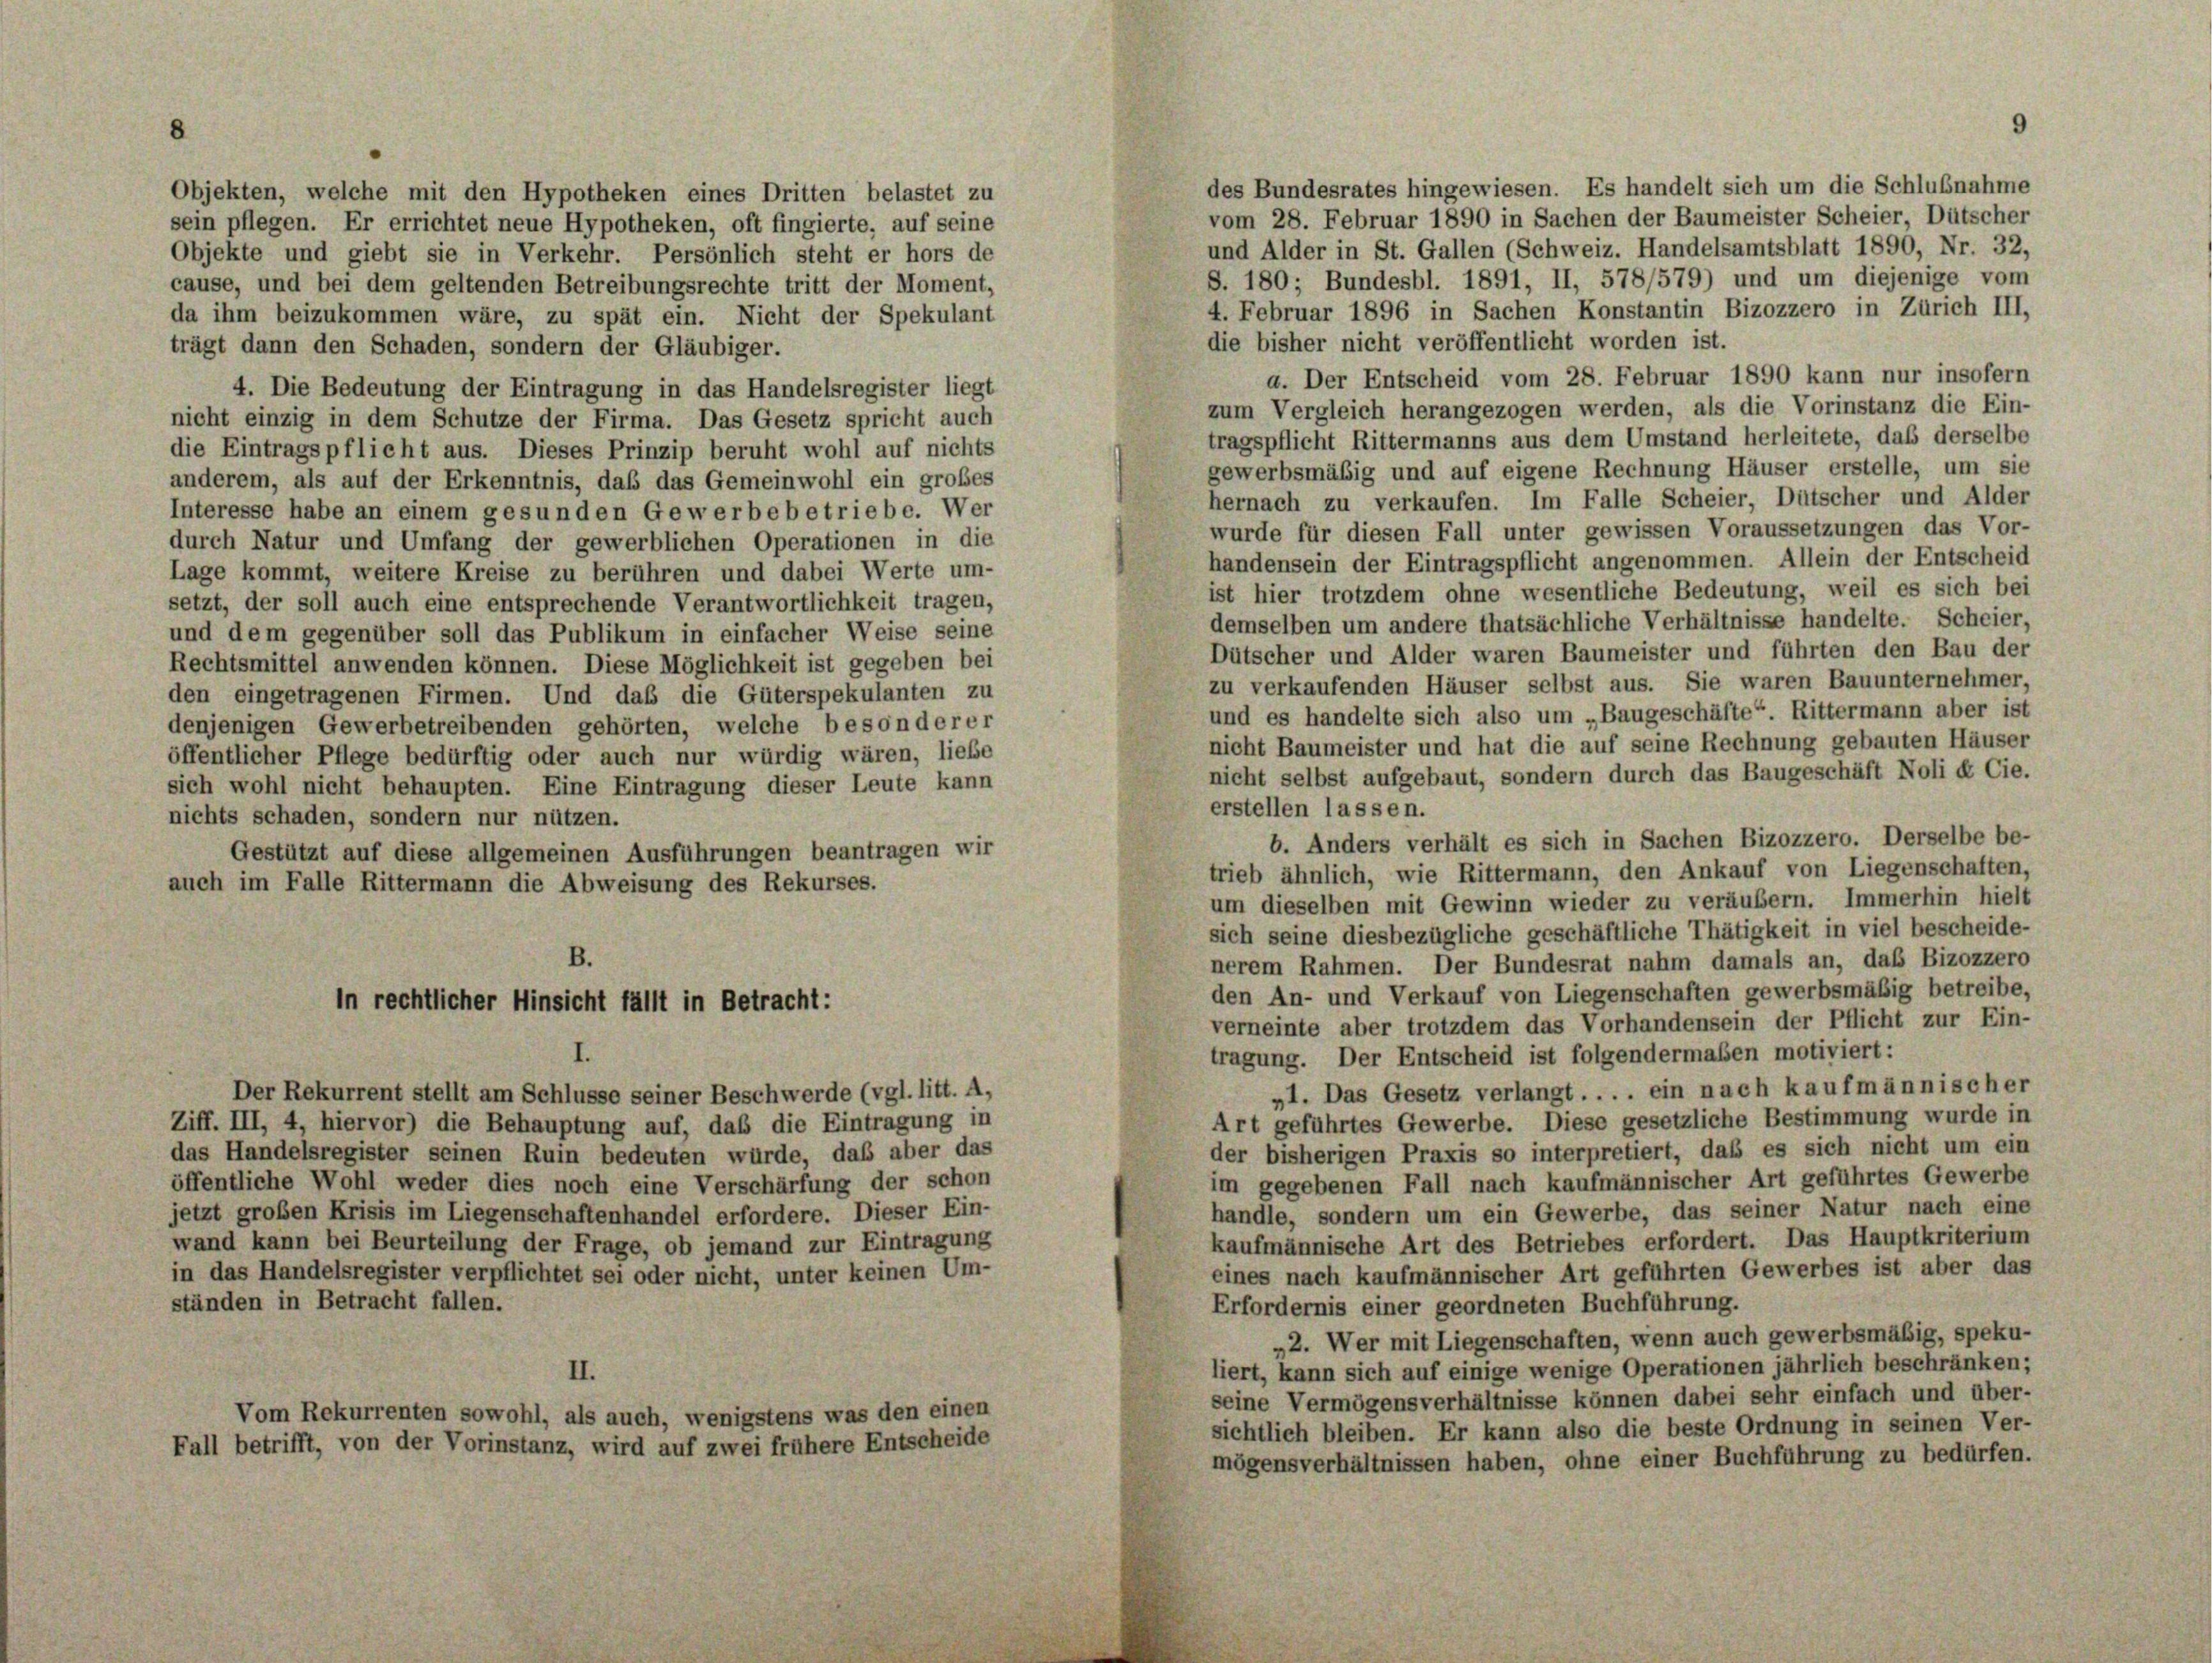
und Alder in St. Gallen (Schweiz. Handelsamtsblatt 1890, Nr. 32,
S. 180; Bundesbl. 1891, II, 578/579) und um diejenige vom
4. Februar 1896 in Sachen Konstantin Bizozzero in Zürich III,
da ihm beizukommen wäre, zu spät ein. Nicht der Spekulant
die bisher nicht veröffentlicht worden ist.
trägt dann den Schaden, sondern der Gläubiger.
a. Der Entscheid vom 28. Februar 1890 kann nur insofern
4. Die Bedeutung der Eintragung in das Handelsregister liegt
zum Vergleich herangezogen werden, als die Vorinstanz die Ein-
nicht einzig in dem Schutze der Firma. Das Gesetz spricht auch
tragspflicht Rittermanns aus dem Umstand herleitete, daß derselbe
die Eintragspflicht aus. Dieses Prinzip beruht wohl auf nichts
gewerbsmäßig und auf eigene Rechnung Häuser erstelle, um sie
anderem, als auf der Erkenntnis, daß das Gemeinwohl ein großes
hernach zu verkaufen. Im Falle Scheier, Dütscher und Alder
Interesse habe an einem gesunden Gewerbebetriebe. Wer
wurde für diesen Fall unter gewissen Voraussetzungen das Vor-
durch Natur und Umfang der gewerblichen Operationen in die
handensein der Eintragspflicht angenommen. Allein der Entscheid
Lage kommt, weitere Kreise zu berühren und dabei Werte um-
ist hier trotzdem ohne wesentliche Bedeutung, weil es sich bei
setzt, der soll auch eine entsprechende Verantwortlichkeit tragen,
demselben um andere thatsächliche Verhältnisse handelte. Scheier,
und dem gegenüber soll das Publikum in einfacher Weise seine
Dütscher und Alder waren Baumeister und führten den Bau der
Rechtsmittel anwenden können. Diese Möglichkeit ist gegeben bei
zu verkaufenden Häuser selbst aus. Sie waren Bauunternehmer,
den eingetragenen Firmen. Und daß die Güterspekulanten zu
und es handelte sich also um „Baugeschäfte“. Rittermann aber ist
denjenigen Gewerbetreibenden gehörten, welche besonderer
nicht Baumeister und hat die auf seine Rechnung gebauten Häuser
öffentlicher Pflege bedürftig oder auch nur würdig wären, ließe
nicht selbst aufgebaut, sondern durch das Baugeschäft Noli & Cie,
sich wohl nicht behaupten. Eine Eintragung dieser Leute kann
erstellen lassen.
nichts schaden, sondern nur nützen.
b. Anders verhält es sich in Sachen Bizozzero. Derselbe be-
Gestützt auf diese allgemeinen Ausführungen beantragen wir
trieb ähnlich, wie Rittermann, den Ankauf von Liegenschaften,
auch im Falle Rittermann die Abweisung des Rekurses.
um dieselben mit Gewinn wieder zu veräubern. Immerhin hielt
sich seine diesbezügliche geschäftliche Thätigkeit in viel bescheide-
B.
nerem Rahmen. Der Bundesrat nahm damals an, daß Bizozzero
den An- und Verkauf von Liegenschaften gewerbsmäßig betreibe,
in rechtlicher Hinsicht fällt in Betracht:
verneinte aber trotzdem das Vorhandensein der Pflicht zur Ein-
tragung. Der Entscheid ist folgendermaßen motiviert:
I.
„1. Das Gesetz verlangt . . . . ein nach kaufmännischen
Der Rekurrent stellt am Schlüsse seiner Beschwerde (vgl. litt. A,
Art geführtes Gewerbe. Diese gesetzliche Bestimmung wurde in
Ziff. III, 4, hiervor) die Behauptung auf, daß die Eintragung in
der bisherigen Praxis so interpretiert, daß es sich nicht um ein
das Handelsregister seinen Ruin bedeuten würde, daß aber das
im gegebenen Fall nach kaufmännischer Art geführtes Gewerbe
öffentliche Wohl weder dies noch eine Verschärfung der schon
handle, sondern um ein Gewerbe, das seiner Natur nach eine
jetzt großen Krisis im Liegenschaftenhandel erfordere. Dieser Ein-
kaufmännische Art des Betriebes erfordert. Das Hauptkriterium
wand kann bei Beurteilung der Frage, ob jemand zur Eintragung
eines nach kaufmännischer Art geführten Gewerbes ist aber das
in das Handelsregister verpflichtet sei oder nicht, unter keinen Um-
ständen in Betracht fallen.
Erfordernis einer geordneten Buchführung.
„2. Wer mit Liegenschaften, wenn auch gewerbsmäßig, speku-
liert, kann sich auf einige wenige Operationen jährlich beschränken;
II.
seine Vermögensverhältnisse können dabei sehr einfach und über-
Vom Rekurrenten sowohl, als auch, wenigstens was den einen
sichtlich bleiben. Er kann also die beste Ordnung in seinen Ver-
Fall betrifft, von der Vorinstanz, wird auf zwei frühere Entscheide
mögensverhältnissen haben, ohne einer Buchführung zu bedürfen.

Objekten, welche mit den Hypotheken eines Dritten belastet zu

sein pflegen. Er errichtet neue Hypotheken, oft fingierte, auf seine
Objekte und giebt sie in Verkehr. Persönlich steht er hors de
cause, und bei dem geltenden Betreibungsrechte tritt der Moment,

des Bundesrates hingewiesen. Es handelt sich um die Schlußnahme
vom 28. Februar 1890 in Sachen der Baumeister Scheier, Dütscher